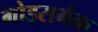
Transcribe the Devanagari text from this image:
गोड्समैक